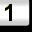
Digit: 1